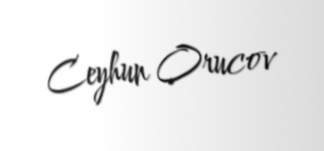
Ceyhun Orucov